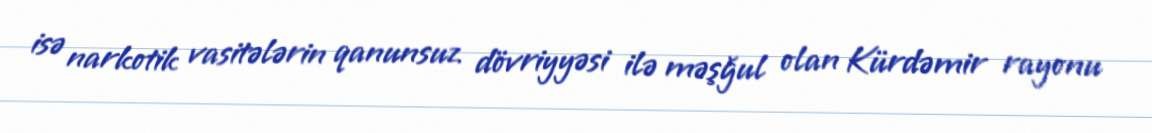
isə narkotik vasitələrin qanunsuz dövriyyəsi ilə məşğul olan Kürdəmir rayonu